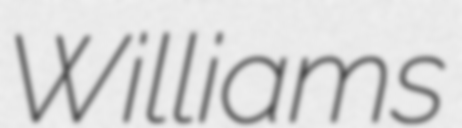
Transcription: Williams